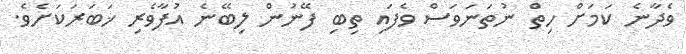
ވެދާނެ ކަމަށް ހިތް ނުތަނަވަސް ވެފައި ތިބި ފޭނުން ލިބޭނެ އުފާވެރި ޚަބަރަކަށެވެ.